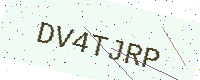
Text: DV4TJRP